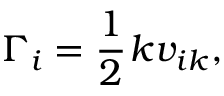
\Gamma _ { i } = \frac { 1 } { 2 } \d _ { k } v _ { i k } ,